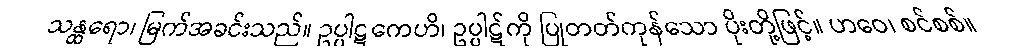
သန္ထရော၊ မြက်အခင်းသည်။ ဥပ္ပါဋကေဟိ၊ ဥပ္ပါဋ်ကို ပြုတတ်ကုန်သော ပိုးတို့ဖြင့်။ ဟဝေ၊ စင်စစ်။